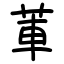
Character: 莗